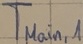
Text: TMain,1